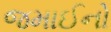
જમાઈનો